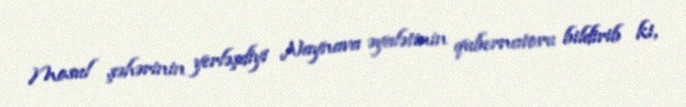
Mosul şəhərinin yerləşdiyi Naynava əyalətinin qubernatoru bildirib ki,